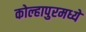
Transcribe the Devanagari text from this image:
कोल्हापुरमध्ये